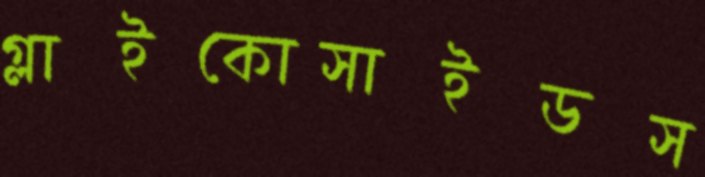
গ্লাইকোসাইডস